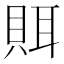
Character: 𰷀